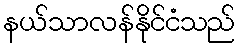
နယ်သာလန်နိုင်ငံသည်